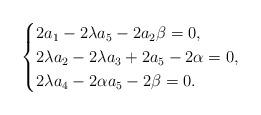
LaTeX: \begin{align*}\begin{cases}2a_1-2\lambda a_5-2a_2\beta=0,\\2\lambda a_2-2\lambda a_3+2a_5-2\alpha=0,\\2\lambda a_4-2\alpha a_5-2\beta=0.\end{cases}\end{align*}